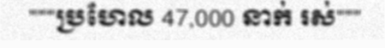
"""ប្រហែល 47,000 នាក់ រស់"""